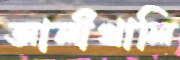
আলীখালি